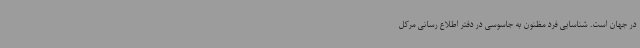
در جهان است. شناسایی فرد مظنون به جاسوسی در دفتر اطلاع رسانی مرکل